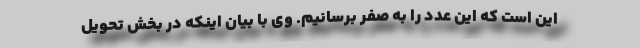
این است که این عدد را به صفر برسانیم. وی با بیان اینکه در بخش تحویل